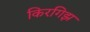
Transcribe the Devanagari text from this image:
किरगिझ